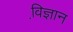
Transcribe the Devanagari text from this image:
वि़ज्ञान